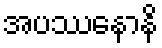
အပဿေနာနိ